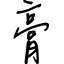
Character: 膏